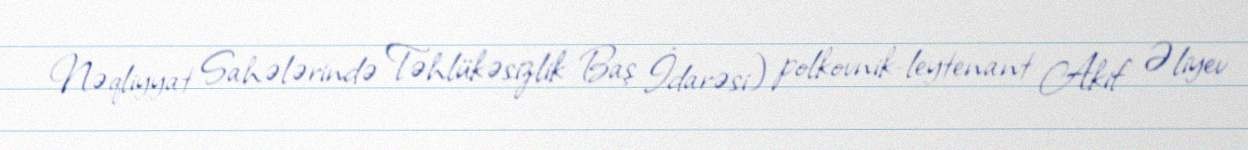
Nəqliyyat Sahələrində Təhlükəsizlik Baş İdarəsi) polkovnik-leytenant Akif Əliyev